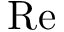
\mathrm { R e }